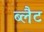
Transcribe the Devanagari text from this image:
ब्लैट